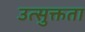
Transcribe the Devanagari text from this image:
उत्सुक्तता